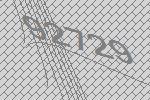
92729